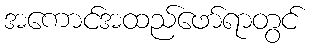
အကောင်အထည်ဖော်ရာတွင်